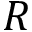
R